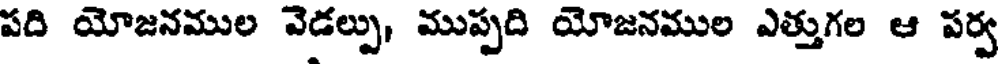
పది యోజనముల వెడల్పు, ముప్పది యోజనముల ఎత్తుగల ఆ పర్వ